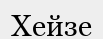
Хейзе